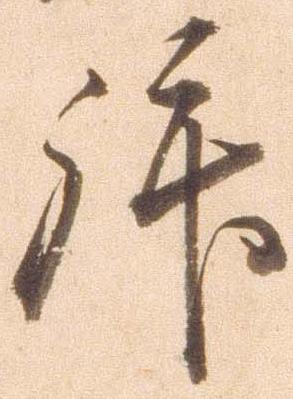
拝